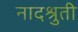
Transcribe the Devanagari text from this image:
नादश्रुती